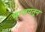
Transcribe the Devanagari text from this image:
भाजपतून